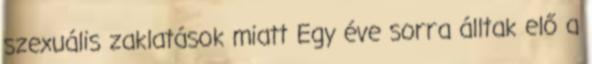
szexuális zaklatások miatt Egy éve sorra álltak elő a